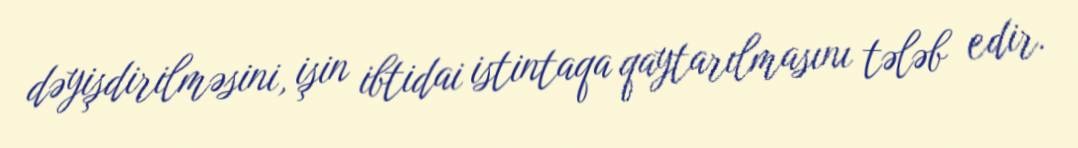
dəyişdirilməsini, işin ibtidai istintaqa qaytarılmasını tələb edir.